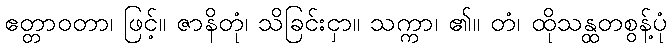
ဧတ္တာဝတာ၊ ဖြင့်။ ဇာနိတုံ၊ သိခြင်းငှာ။ သက္ကာ၊ ၏။ တံ၊ ထိုသန္ထတစွန့်ပုံ